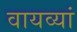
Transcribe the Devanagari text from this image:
वायव्यां